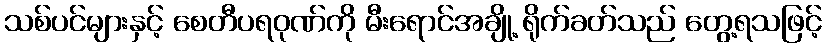
သစ်ပင်များနှင့် စေတီပရဝုဏ်ကို မီးရောင်အချို့ ရိုက်ခတ်သည် တွေ့ရသဖြင့်